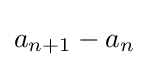
a_{n+1}-a_{n}